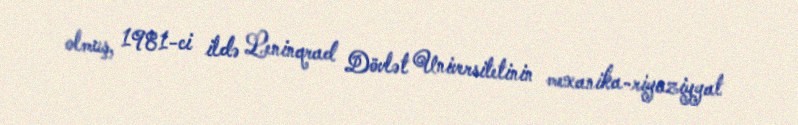
olmuş, 1981-ci ildə Leninqrad Dövlət Universitetinin mexanika-riyaziyyat